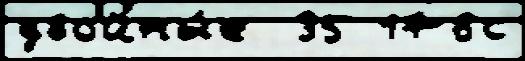
двойны́е  35 176с